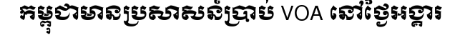
កម្ពុជាមានប្រសាសន៍ប្រាប់ VOA នៅថ្ងៃអង្គារ